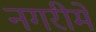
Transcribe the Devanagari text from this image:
नगरीमें